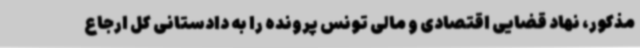
مذکور، نهاد قضایی اقتصادی و مالی تونس پرونده را به دادستانی کل ارجاع